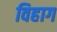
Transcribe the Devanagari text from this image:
विहाग